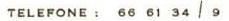
TELEFONE: 66 61 34 / 9